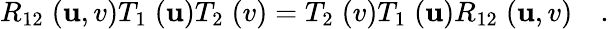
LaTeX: R_{12}\; (\mathbf{u},v)T_{1}\; (\mathbf{u})T_{2}\; (v)=T_{2}\; (v)T_{1}\; (\mathbf{u})R_{12}\; (\mathbf{u},v)\quad.